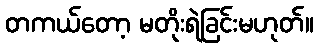
တကယ်တော့ မတိုးရဲခြင်းမဟုတ်။